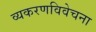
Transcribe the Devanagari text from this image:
व्यकरणविवेचना